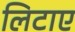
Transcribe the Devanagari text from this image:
लिटाए